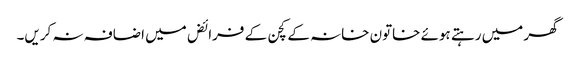
گھر میں رہتے ہوئے خاتون خانہ کے کچن کے فرائض میں اضافہ نہ کریں۔